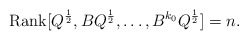
\begin{align*}\textrm{Rank}[Q^{\frac{1}{2}},BQ^{\frac{1}{2}},\dots, B^{k_0}Q^{\frac{1}{2}}]=n.\end{align*}